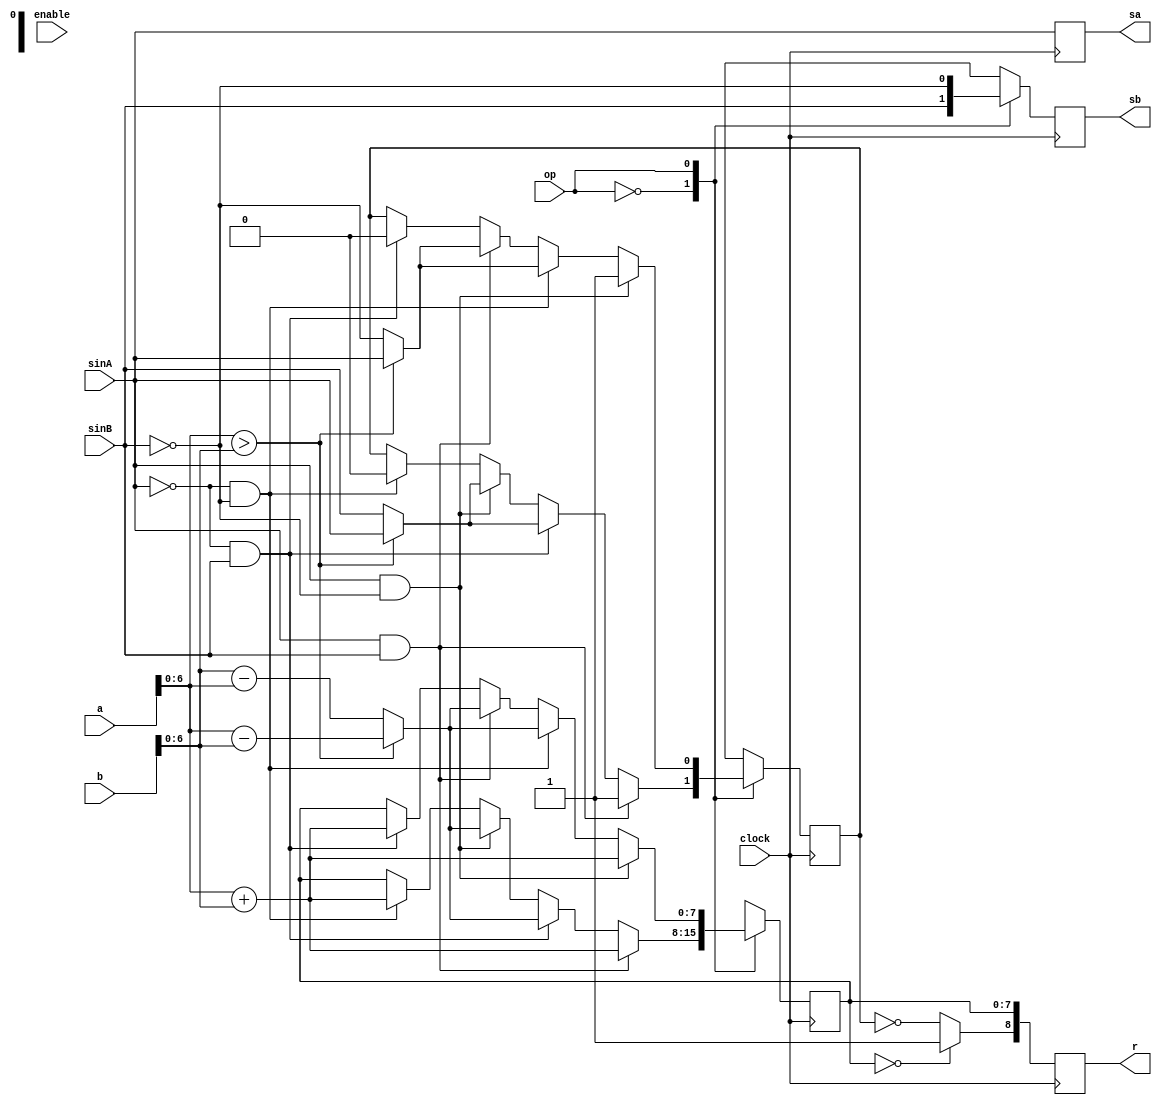
module ula(clock,a,b,r,op,sb,sa,enable,sinA, sinB);
	input [7:0]a;
	input [7:0]b;
	input op;
	input clock;
	output reg [8:0]r;
	output sa, sb;
	input sinA;
	input sinB;
	reg saa;
	reg sbb;
	reg sinal;
	input enable;
	reg [6:0]aa;
	reg [6:0]bb;
	reg [7:0]rr;
	always @(posedge clock) begin
		saa = sinA;
		sbb = sinB;
		aa = a[6:0];
		bb = b[6:0];
		case(op)
			0: begin
				if(saa == 0 && sbb == 0)begin
					rr = aa + bb;
					sinal = 0;
				end
				if(saa == 1 && sbb == 0)begin
					if(aa > bb)begin
						rr = aa - bb;
						sinal = saa;
					end
					else begin
						rr = bb - aa;
						sinal = sbb;
					end
				end
				if(saa == 0 && sbb == 1)begin
					if(aa > bb)begin
						rr = aa - bb;
						sinal = saa;
					end
					else begin
						rr = bb - aa;
						sinal = sbb;
					end
				end
				if(saa == 1 && sbb == 1)begin
					rr = aa + bb;
					sinal = 1;
				end
			end	
			1: begin
			sbb = ~sbb;
			if(saa == 0 && sbb == 0)begin
					rr = aa + bb;
					sinal = 0;
				end
				if(saa == 1 && sbb == 0)begin
					if(aa > bb)begin
						rr = aa - bb;
						sinal = saa;
					end
					else begin
						rr = bb - aa;
						sinal = sbb;
					end
				end
				if(saa == 0 && sbb == 1)begin
					if(aa > bb)begin
						rr = aa - bb;
						sinal = saa;
					end
					else begin
						rr = bb - aa;
						sinal = sbb;
					end
				end
				if(saa == 1 && sbb == 1)begin
					rr = aa + bb;
					sinal = 1;
				end
			end	
		endcase

	end
	always @(posedge clock) begin
		if (rr==0) begin
			r[8] <= 1;
			r[7:0] = rr;
		end
		else begin
			r[8] <= ~sinal;
			r[7:0] = rr;
		end
	end
	assign sa = saa;
	assign sb = sbb;


endmodule